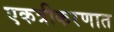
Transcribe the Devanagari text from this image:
एकत्रीकरणात